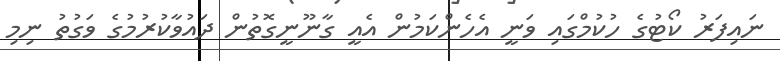
ނައިފަރު ކޯޓުގެ ހުކުމްގައި ވަނީ އެހެންކަމުން އެއީ ގާނޫނީގޮތުން ދައުވާކުރުމުގެ ވަގުތު ނިމި